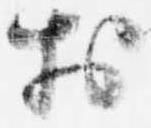
於